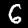
Label: 6